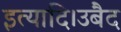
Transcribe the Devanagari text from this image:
इत्यादि।उबैद